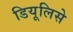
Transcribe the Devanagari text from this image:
डियूलिसे